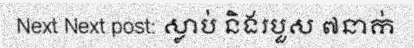
Next Next post: ស្លាប់ និងរបួស ៧នាក់